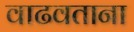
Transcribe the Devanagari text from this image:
वाढवताना